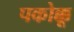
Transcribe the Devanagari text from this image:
पकोक्कू